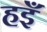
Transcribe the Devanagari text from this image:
हइँ